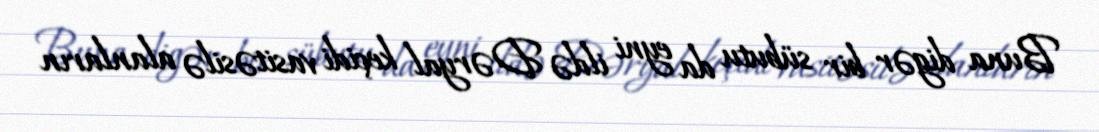
Buna digər bir sübutu da eyni ildə Dəryal keçidi vasitəsilə alanların